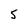
Character: 5